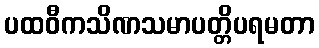
ပထဝီကသိဏသမာပတ္တိပရမတာ